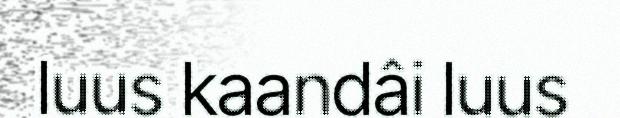
luus kaandâi luus